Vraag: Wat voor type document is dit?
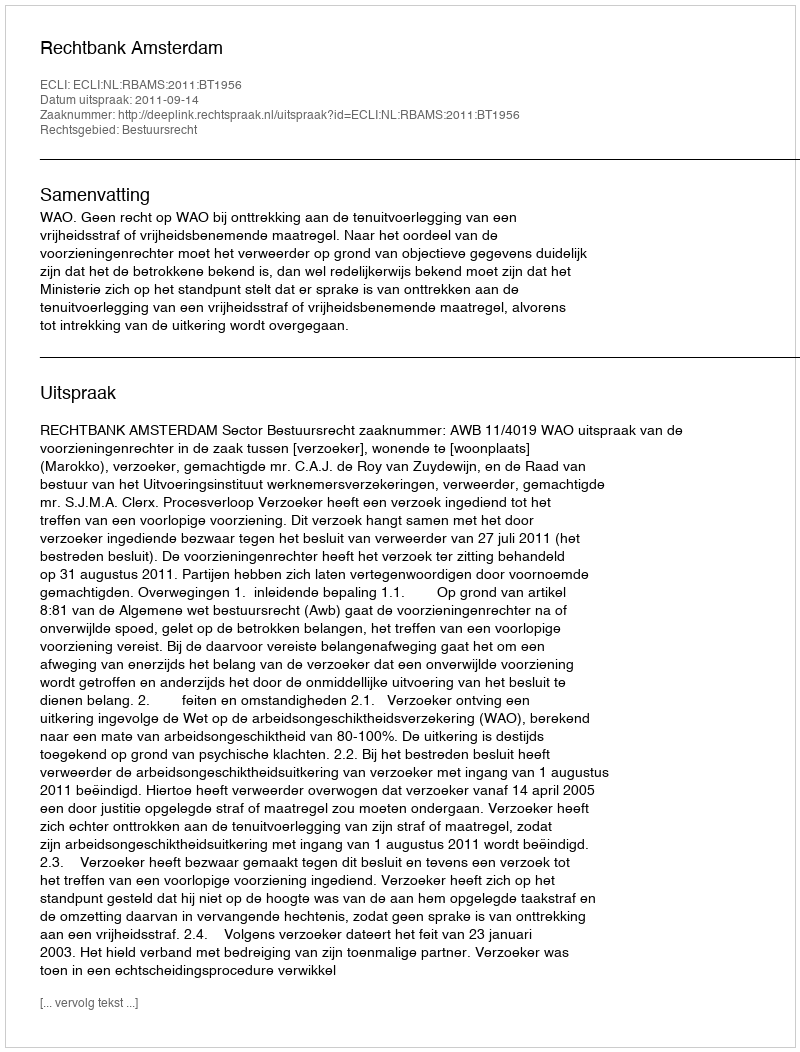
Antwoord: Uitspraak